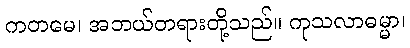
ကတမေ၊ အဘယ်တရားတို့သည်။ ကုသလာဓမ္မာ၊